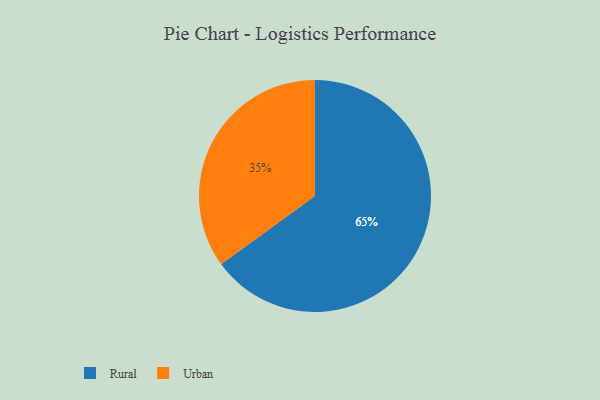
{"axis": {"x": "Category", "y": "Percentage"}, "legend": ["Rural", "Urban"], "data": [{"x": "Rural", "y": 65, "type": "Rural"}, {"x": "Urban", "y": 35, "type": "Urban"}]}